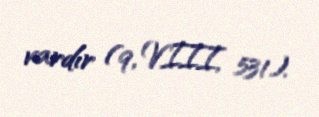
vardır (9, VIII, 531).